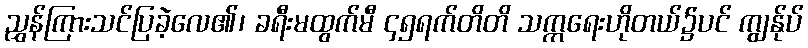
ညွှန်ကြားသင်ပြခဲ့လေ၏၊ ခရီးမထွက်မီ ၄၅ရက်တိတိ သက္ကရေးဟိုတယ်၌ပင် ကျွန်ုပ်